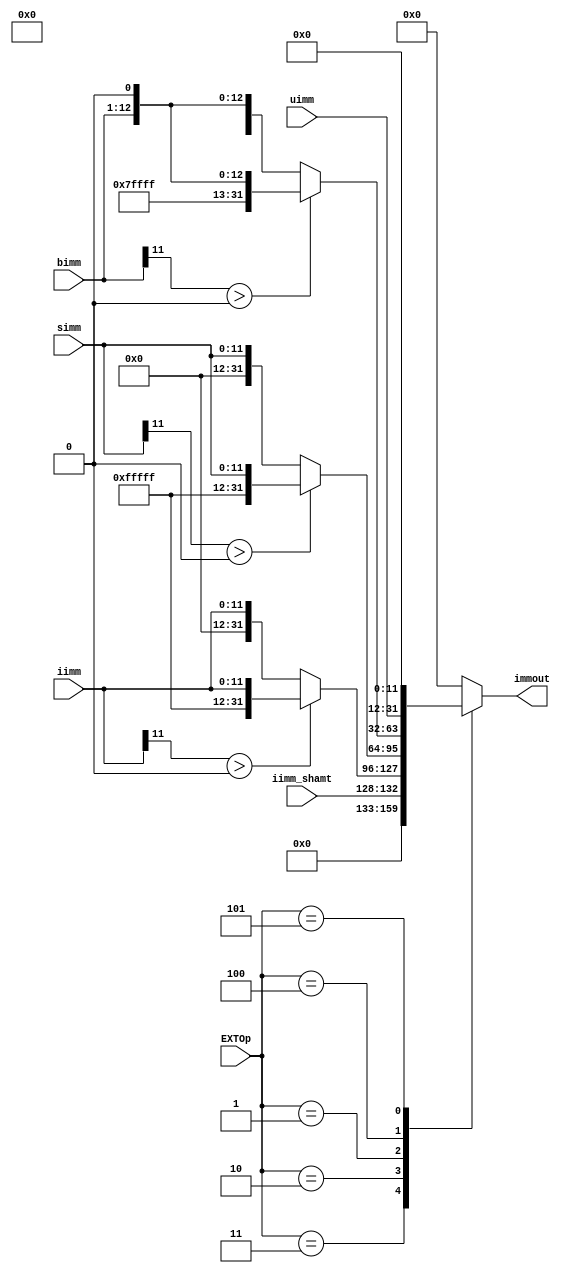
`define EXT_CTRL_ITYPE_SHAMT 3'b011
`define EXT_CTRL_ITYPE 3'b010
`define EXT_CTRL_STYPE 3'b001
`define EXT_CTRL_BTYPE 3'b100
`define EXT_CTRL_UTYPE 3'b101
// `define EXT_CTRL_JTYPE 3'b

module EXT( 
    input [4:0] iimm_shamt,
    input [11:0]	iimm, //instr[31:20], 12 bits
    input [11:0]	simm, //instr[31:25, 11:7], 12 bits
    input [11:0]	bimm, //instrD[31],instrD[7], instrD[30:25], instrD[11:8], 12 bits
    input [19:0]	uimm,
    // input [19:0]	jimm,
    input [2:0]	 EXTOp,
    output reg [31:0] immout
    );

always @(*)
    case (EXTOp)
        `EXT_CTRL_ITYPE_SHAMT:   immout<={27'b0,iimm_shamt[4:0]};
        `EXT_CTRL_ITYPE:	if (iimm[11]>0) immout<={20'b11111111111111111111,iimm[11:0]};
                                else immout<={20'b0,iimm[11:0]};
        `EXT_CTRL_STYPE:	if (simm[11]>0) immout<={20'b11111111111111111111,simm[11:0]};
                                else immout<={20'b0,simm[11:0]};
        `EXT_CTRL_BTYPE:    if (bimm[11]>0) immout<={19'b1111111111111111111,bimm[11:0],1'b0};
                                 else immout<={19'b0,bimm[11:0],1'b0};
        `EXT_CTRL_UTYPE:	immout <= {uimm[19:0], 12'b0};

        // `EXT_CTRL_JTYPE:	if (jimm[19]>0) immout<={11'b11111111111,jimm[19:0],1'b0};
        //                         else immout<={11'b0,jimm[19:0],1'b0};
        default:	        immout <= 32'b0;
    endcase

endmodule